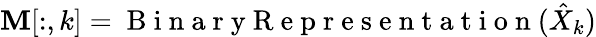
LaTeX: \mathbf{M}[:,k]=\mathrm{~B~i~n~a~r~y~R~e~p~r~e~s~e~n~t~a~t~i~o~n~}(\hat{X}_{k})